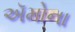
ઍમોના